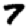
Digit: 7